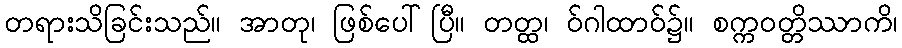
တရားသိခြင်းသည်။ အာတု၊ ဖြစ်ပေါ်ပြီ။ တတ္ထ၊ ဝ်ဂါထာဝ်၌။ စက္ကဝတ္တိဿာကိ၊